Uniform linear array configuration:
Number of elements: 48
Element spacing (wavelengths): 0.5
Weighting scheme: binomial
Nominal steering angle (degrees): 30
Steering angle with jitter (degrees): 28.483
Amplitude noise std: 0.05
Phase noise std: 0.05

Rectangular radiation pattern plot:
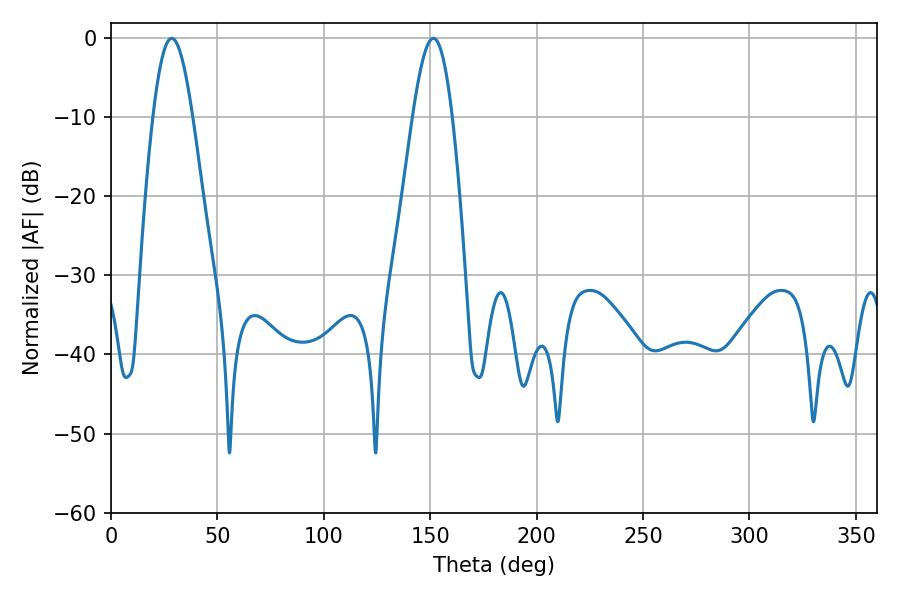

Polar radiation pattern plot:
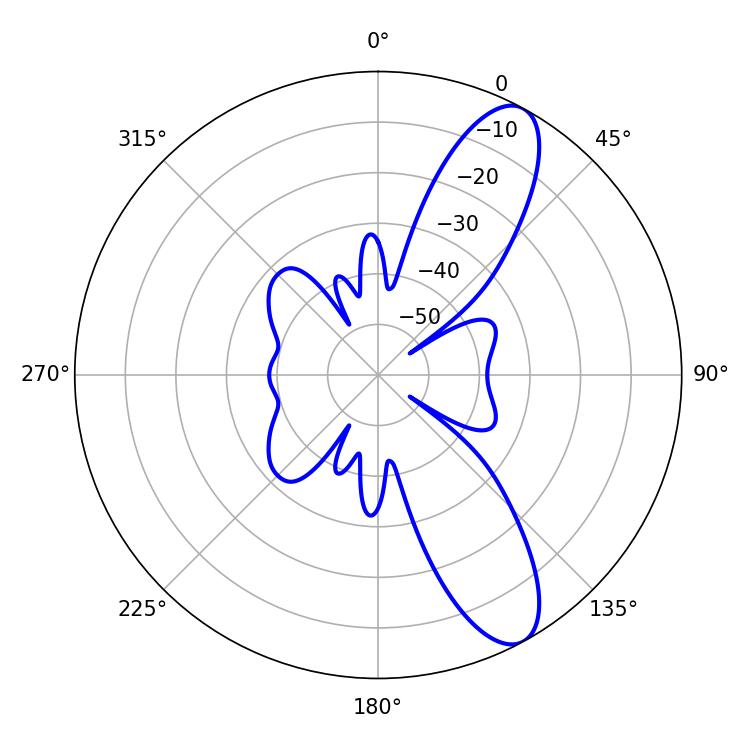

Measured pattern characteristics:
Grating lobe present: FALSE
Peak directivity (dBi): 10.372
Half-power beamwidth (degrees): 10.08
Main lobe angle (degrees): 28.44